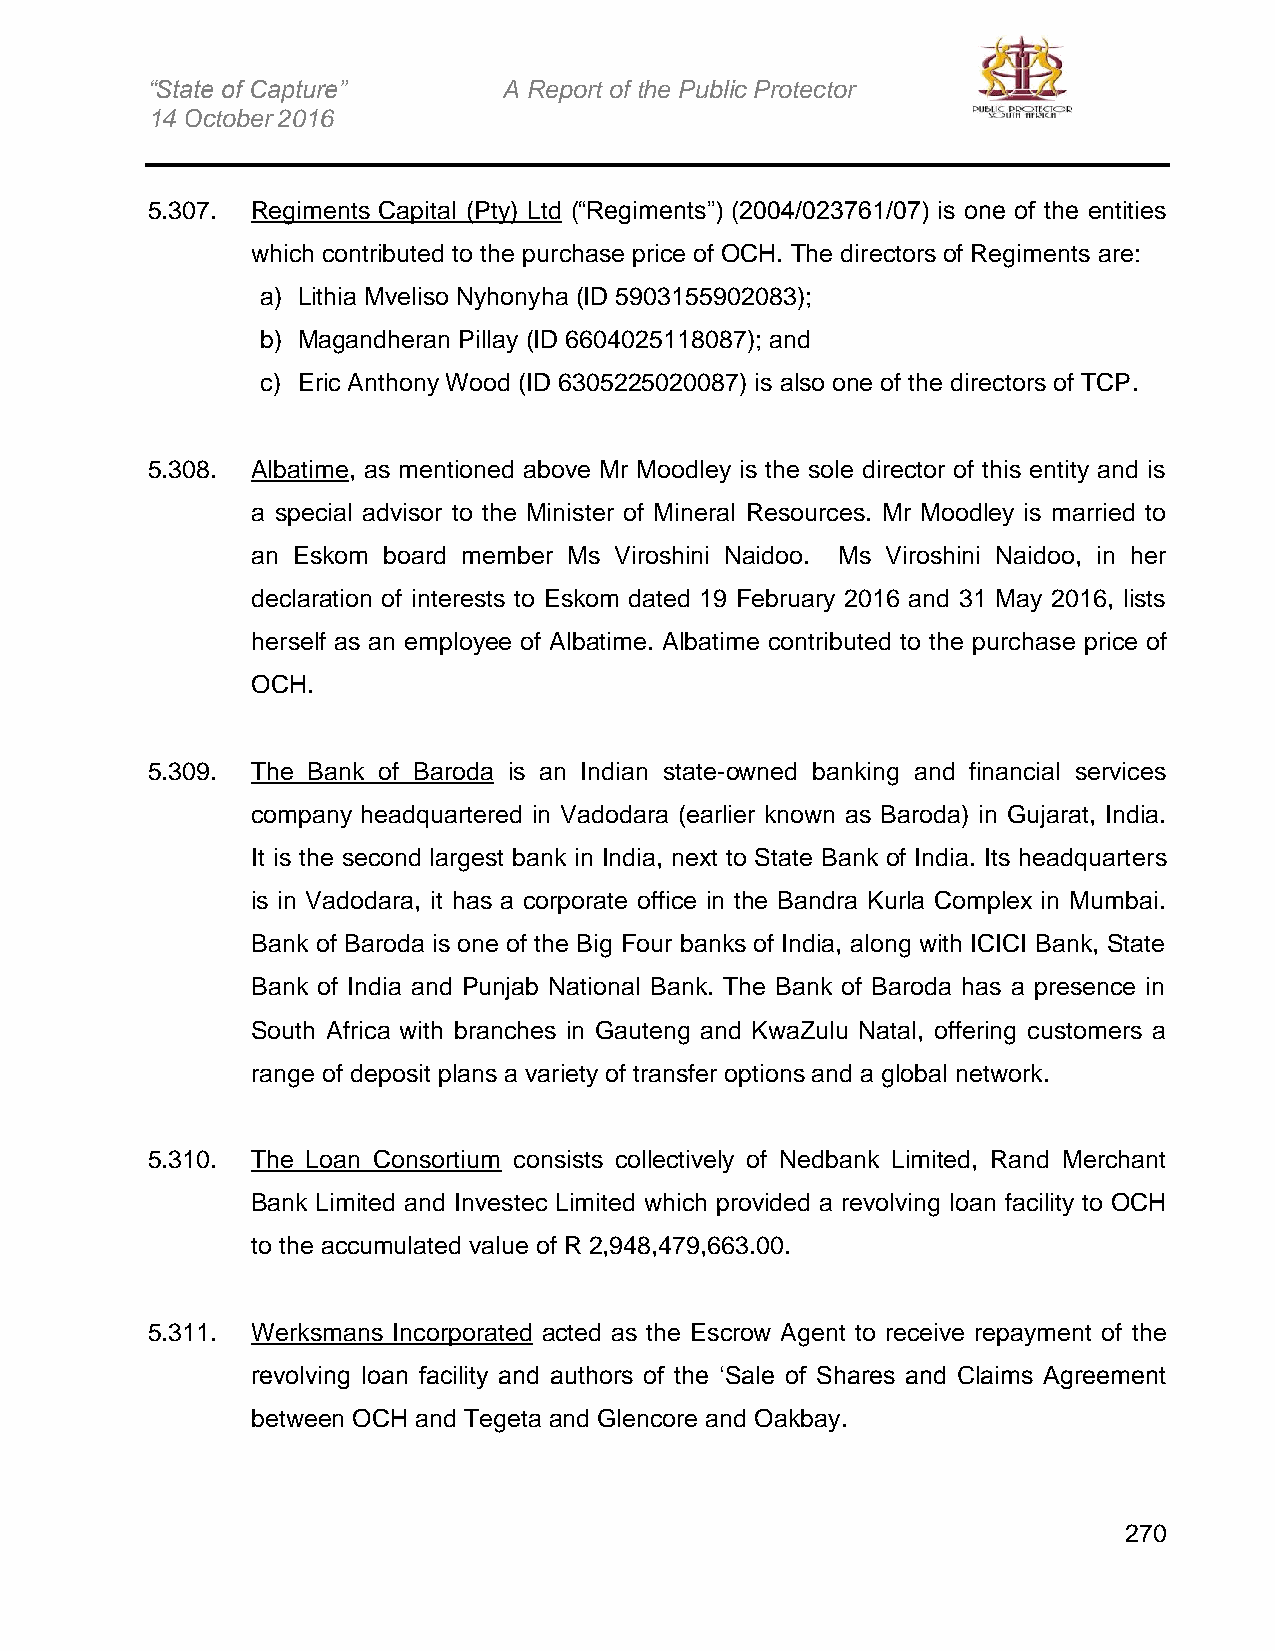
“State of Capture”     A Report of the Public Protector
 14 October 2016
 5.307. Regiments Capital (Pty) Ltd (“Regiments”) (2004/023761/07) is one of the entities
 which contributed to the purchase price of OCH. The directors of Regiments are:
 a) Lithia Mveliso Nyhonyha (ID 5903155902083);
 b) Magandheran Pillay (ID 6604025118087); and
 c) Eric Anthony Wood (ID 6305225020087) is also one of the directors of TCP.
 5.308. Albatime, as mentioned above Mr Moodley is the sole director of this entity and is
 a special advisor to the Minister of Mineral Resources. Mr Moodley is married to
 an Eskom board member Ms Viroshini Naidoo. Ms Viroshini Naidoo, in her
 declaration of interests to Eskom dated 19 February 2016 and 31 May 2016, lists
 herself as an employee of Albatime. Albatime contributed to the purchase price of
 OCH.
 5.309. The Bank of Baroda is an Indian state-owned banking and financial services
 company headquartered in Vadodara (earlier known as Baroda) in Gujarat, India.
 It is the second largest bank in India, next to State Bank of India. Its headquarters
 is in Vadodara, it has a corporate office in the Bandra Kurla Complex in Mumbai.
 Bank of Baroda is one of the Big Four banks of India, along with ICICI Bank, State
 Bank of India and Punjab National Bank. The Bank of Baroda has a presence in
 South Africa with branches in Gauteng and KwaZulu Natal, offering customers a
 range of deposit plans a variety of transfer options and a global network.
 5.310. The Loan Consortium consists collectively of Nedbank Limited, Rand Merchant
 Bank Limited and Investec Limited which provided a revolving loan facility to OCH
 to the accumulated value of R 2,948,479,663.00.
 5.311. Werksmans Incorporated acted as the Escrow Agent to receive repayment of the
 revolving loan facility and authors of the ‘Sale of Shares and Claims Agreement
 between OCH and Tegeta and Glencore and Oakbay.
 270